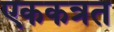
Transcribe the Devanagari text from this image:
एककत्रत